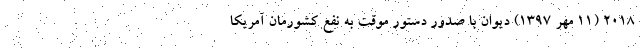
2018 (11 مهر 1397) دیوان با صدور دستور موقت به نفع کشورمان آمریکا